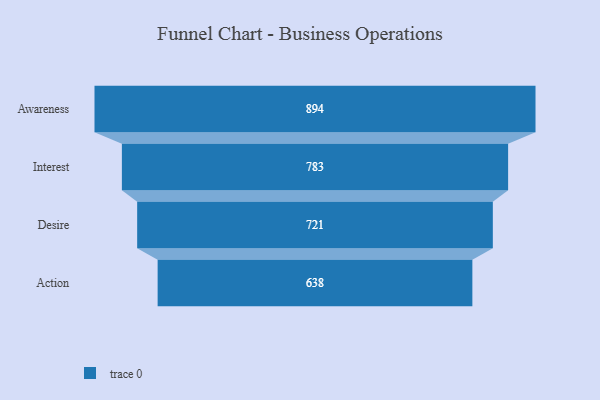
{"axis": {"x": "Stage", "y": "Value"}, "legend": [""], "data": [{"x": "Awareness", "y": 894.0, "type": ""}, {"x": "Interest", "y": 783.0, "type": ""}, {"x": "Desire", "y": 721.0, "type": ""}, {"x": "Action", "y": 638.0, "type": ""}]}